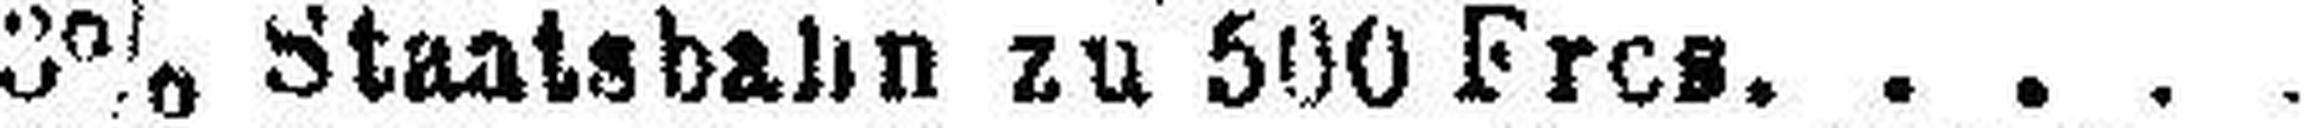
3% Staatsbahn zu 500 Frcs.